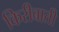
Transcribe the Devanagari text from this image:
किरीबाती